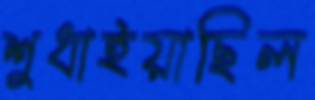
শুধাইয়াছিল